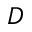
_ D